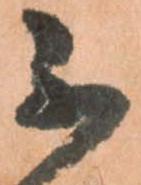
不